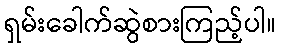
ရှမ်းခေါက်ဆွဲစားကြည့်ပါ။